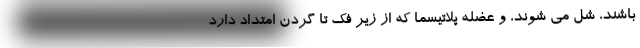
باشند، شل می شوند، و عضله پلاتیسما که از زیر فک تا گردن امتداد دارد